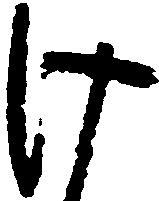
け